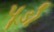
પૂડો